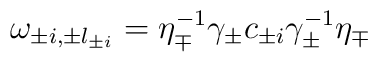
\omega_{\pm i, \pm l_{\pm i}} = \eta_\mp^{-1} \gamma_\pm c_{\pm i}\gamma_\pm^{-1} \eta_\mp